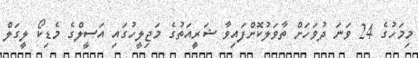
މިމަހުގެ 24 ވަނަ ދުވަހަށް ތާވަލުކޮށްފައިވާ ޝަރީއަތުގެ މަޖިލީހުގައި އަސީލްގެ މެޑިކޯ ލީގަލް